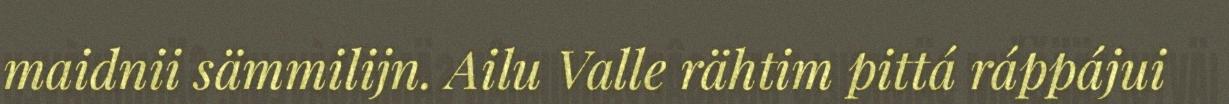
maidnii sämmilijn. Ailu Valle rähtim pittá ráppájui